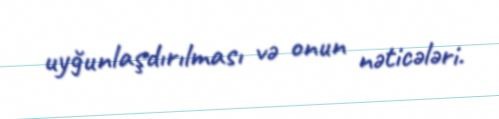
uyğunlaşdırılması və onun nəticələri.